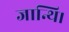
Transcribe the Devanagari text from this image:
जान्थि।